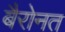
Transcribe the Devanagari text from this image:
बैरोनत